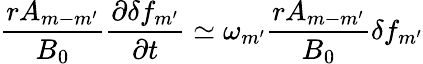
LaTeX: \frac{rA_{m-m^{\prime}}}{B_{0}}\frac{\partial\delta f_{m^{\prime}}}{\partial t}\simeq\omega_{m^{\prime}}\frac{rA_{m-m^{\prime}}}{B_{0}}\delta f_{m^{\prime}}